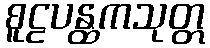
စူဠပန္ထကသုတ္တ